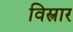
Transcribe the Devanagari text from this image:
विस्त्रार